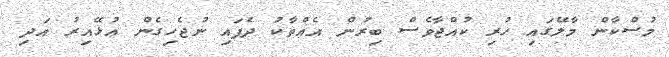
މުސްކާން މާލޭގައި ހުރި ކުއްޖާވެސް ބިރުން އެއްތާކު ދެފައި ނުޖެހިގެން އުޅޭއިރު އަދި